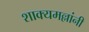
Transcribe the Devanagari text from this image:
शाक्यमल्लांनी